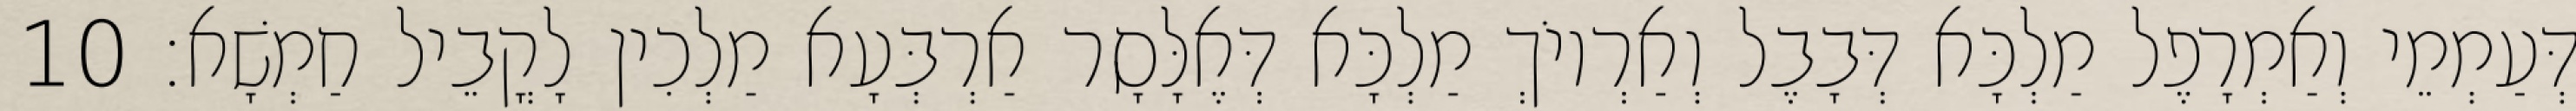
דְּעַמְמֵי וְאַמְרָפֶל מַלְכָּא דְּבָבֶל וְאַרְיוֹךְ מַלְכָּא דְּאֶלָּסָר אַרְבְּעָא מַלְכִין לָקֳבֵיל חַמְשָׁא׃ 10